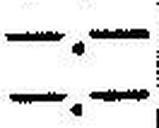
—.—